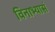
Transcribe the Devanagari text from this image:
विनाभ्यासं